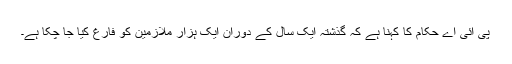
پی آئی اے حکام کا کہنا ہے کہ گذشتہ ایک سال کے دوران ایک ہزار ملازمین کو فارغ کیا جا چکا ہے۔